Report on vaccination North-West Frontier Province 1904-1922 - 1904-1922
Year: 1904
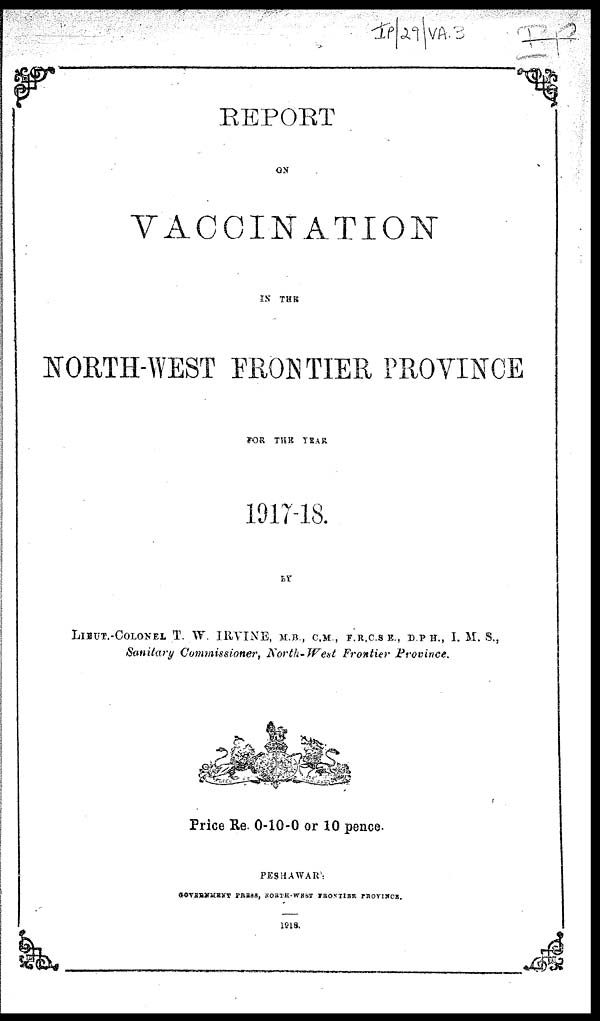
REPORT
ON
VACCINATION
IN THE
NORTH-WEST FRONTIER PROVINCE
FOR THE YEAR
1917-18.
BY
LIEUT.-COLONEL T. W. IRVINE, M.B., C.M, F.R,C.S.E., D.P.H., I. M. S.,
Sanitary Commissioner, North-West Frontier Province.
Price Re. 0-10-0 or 10 pence.
PESHAWAR:
GOVERNMENT PRESS, NORTH-WEST FRONTIER PROVINCE.
1918.